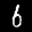
Label: 6